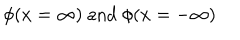
LaTeX: \phi ( x = \infty ) \textrm { a n d } \phi ( x = - \infty )